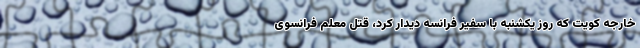
خارجه کویت که روز یکشنبه با سفیر فرانسه دیدار کرد، قتل معلم فرانسوی